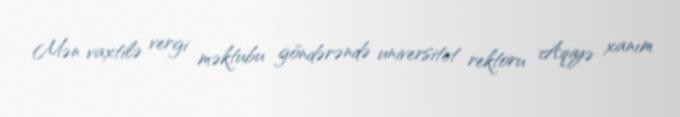
Mən vaxtilə vergi məktubu göndərəndə universitet rektoru Aqiyə xanım